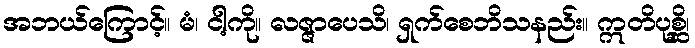
အဘယ်ကြောင့်။ မံ၊ ငါ့ကို။ လဇ္ဇာပေသိ၊ ရှက်စေဘိသနည်း။ ဣတိပုစ္ဆိ၊